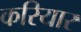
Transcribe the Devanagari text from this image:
करियार